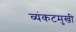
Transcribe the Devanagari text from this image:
व्यंकटमुखी